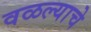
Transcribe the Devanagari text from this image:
वळल्याचे